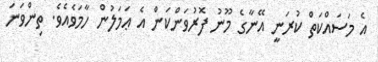
އެ މަސައްކަތް ކުރަނީ އޭނާގެ މޫނު ފޮރުވަންކަން އެ ޢަމަލުން ހާމަވެއެވެ. ތިންވަނަ